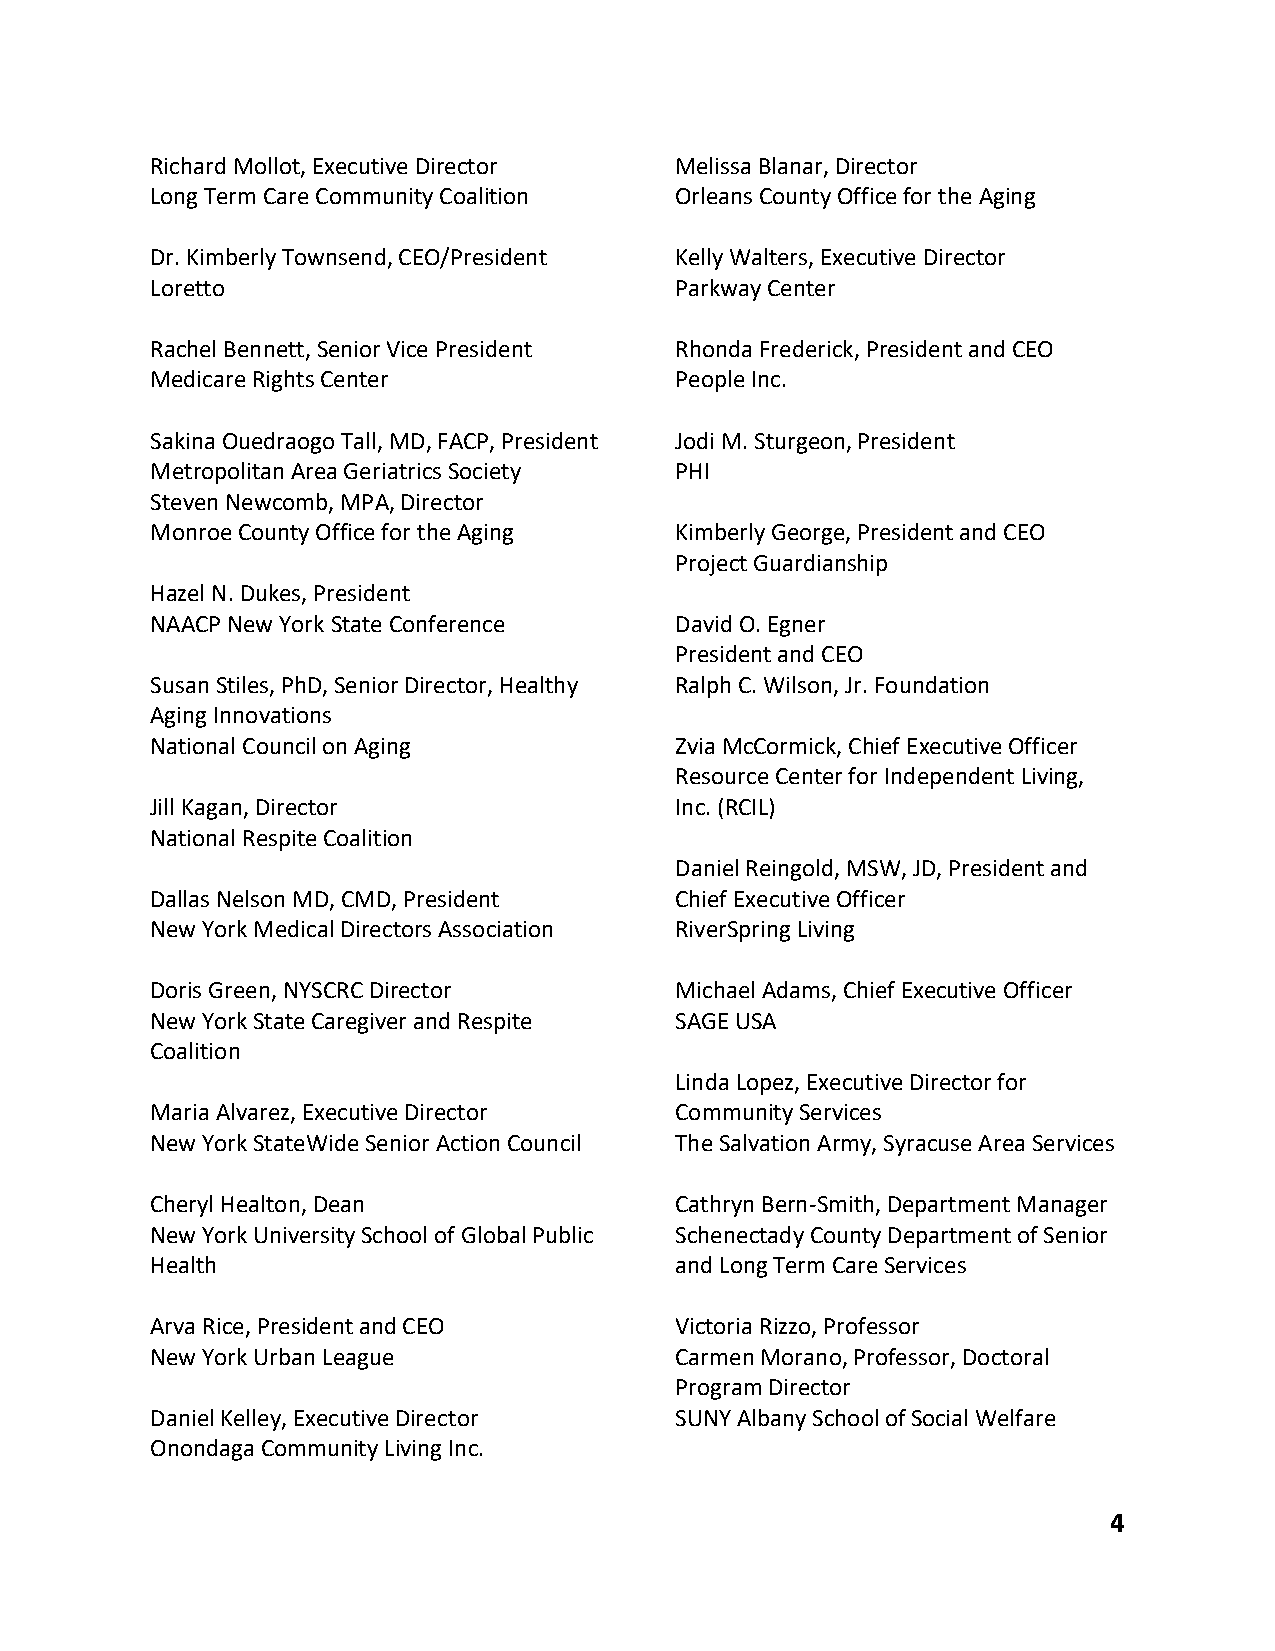
Richard Mollot, Executive Director Melissa Blanar, Director
 Long Term Care Community Coalition Orleans County Office for the Aging
 Dr. Kimberly Townsend, CEO/President Kelly Walters, Executive Director
 Loretto                            Parkway Center
 Rachel Bennett, Senior Vice President Rhonda Frederick, President and CEO
 Medicare Rights Center             People Inc.
 Sakina Ouedraogo Tall, MD, FACP, President Jodi M. Sturgeon, President
 Metropolitan Area Geriatrics Society PHI
 Steven Newcomb, MPA, Director
 Monroe County Office for the Aging Kimberly George, President and CEO
 Project Guardianship
 Hazel N. Dukes, President
 NAACP New York State Conference    David O. Egner
 President and CEO
 Susan Stiles, PhD, Senior Director, Healthy Ralph C. Wilson, Jr. Foundation
 Aging Innovations
 National Council on Aging          Zvia McCormick, Chief Executive Officer
 Resource Center for Independent Living,
 Jill Kagan, Director               Inc. (RCIL)
 National Respite Coalition
 Daniel Reingold, MSW, JD, President and
 Dallas Nelson MD, CMD, President   Chief Executive Officer
 New York Medical Directors Association RiverSpring Living
 Doris Green, NYSCRC Director       Michael Adams, Chief Executive Officer
 New York State Caregiver and Respite SAGE USA
 Coalition
 Linda Lopez, Executive Director for
 Maria Alvarez, Executive Director  Community Services
 New York StateWide Senior Action Council The Salvation Army, Syracuse Area Services
 Cheryl Healton, Dean               Cathryn Bern-Smith, Department Manager
 New York University School of Global Public Schenectady County Department of Senior
 Health                             and Long Term Care Services
 Arva Rice, President and CEO       Victoria Rizzo, Professor
 New York Urban League              Carmen Morano, Professor, Doctoral
 Program Director
 Daniel Kelley, Executive Director  SUNY Albany School of Social Welfare
 Onondaga Community Living Inc.
 4